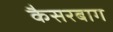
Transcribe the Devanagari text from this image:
कैसरबाग